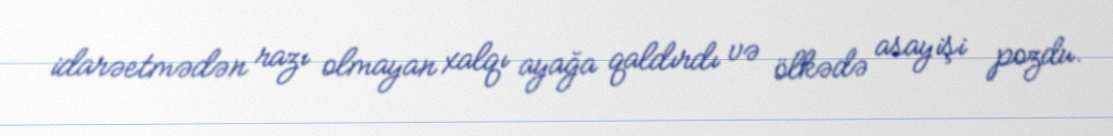
idarəetmədən razı olmayan xalqı ayağa qaldırdı və ölkədə asayişi pozdu.